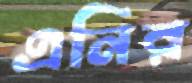
এনির